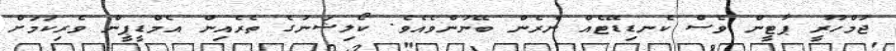
ޖުމްހޫރީ ޕާޓީން ވެސް ކެނޑިޑޭޓެއް ނެރެން ބޭނުންވެއެވެ. ކޯލިޝަނުގެ ތެރެއިން އެމްޑީޕީން ވެރިކަމަށް